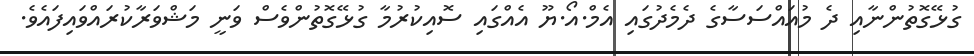
ގުޅޭގޮތުންނާއި ދެ މުއައްސަސާގެ ދެމެދުގައި އެމް.އޯ.ޔޫ އެއްގައި ސޮއިކުރުމާ ގުޅޭގޮތުންވެސް ވަނީ މަޝްވަރާކުރައްވައިފައެވެ.